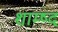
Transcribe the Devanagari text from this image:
शाम्ष्द